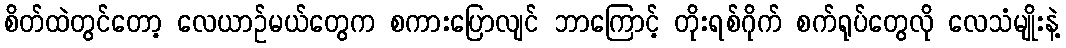
စိတ်ထဲတွင်တော့ လေယာဉ်မယ်တွေက စကားပြောလျင် ဘာကြောင့် တိုးရစ်ဂိုက် စက်ရုပ်တွေလို လေသံမျိုးနဲ့